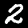
Label: 2